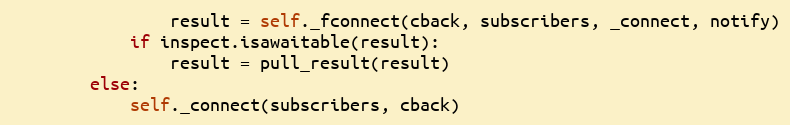
Language: Python
                result = self._fconnect(cback, subscribers, _connect, notify)
            if inspect.isawaitable(result):
                result = pull_result(result)
        else:
            self._connect(subscribers, cback)